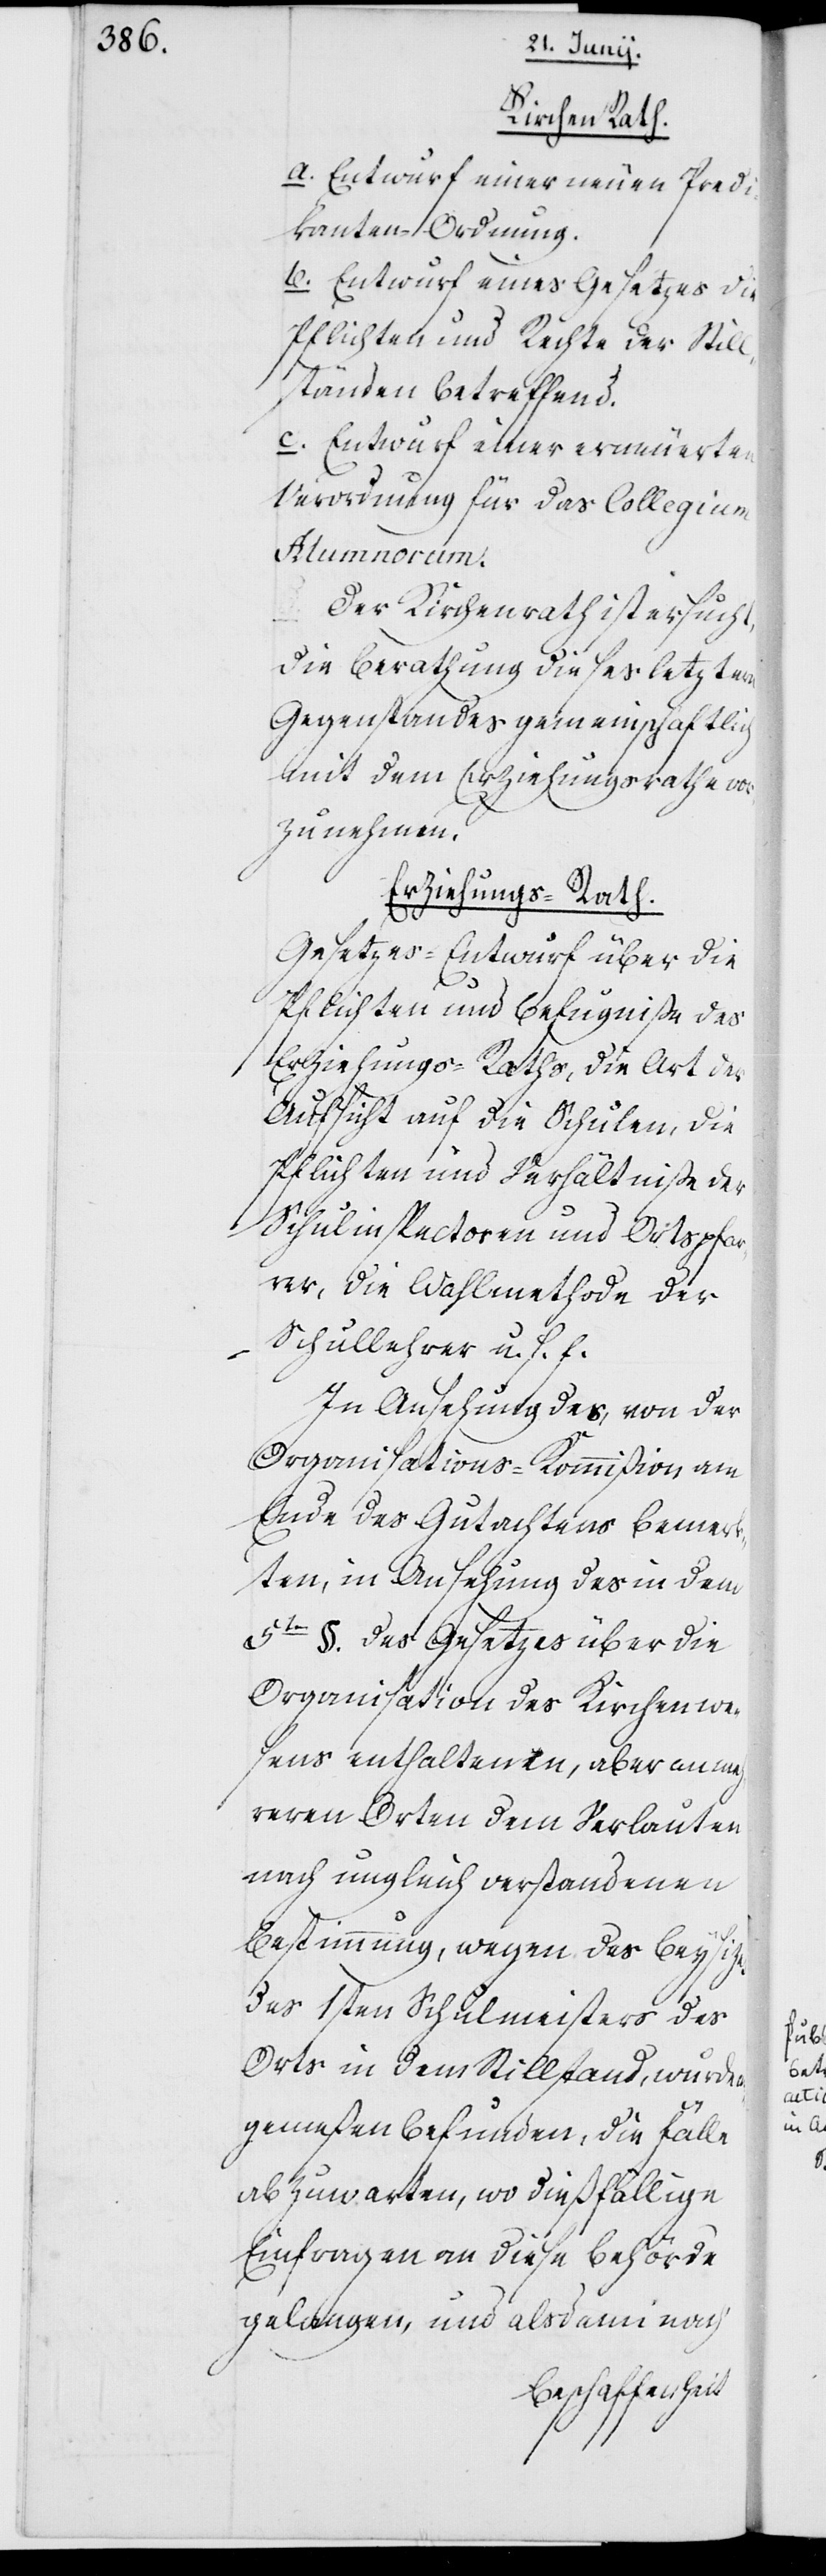
Kirchen Rath.
a. Entwurf einer neuen Predi¬
kanten-Ordnung.
b. Entwurf eines Gesetzes, die
Pflichten und Rechte der Still¬
ständen betreffend.
c. Entwurf einer erneuerten
Verordnung für das Collegium
Alumnorum.
Der Kirchenrat ist ersucht,
die Berathung dieses letztern
Gegenstandes gemeinschaftlich
mit dem Erziehungsrathe vor¬
zunehmen.
Erziehungs-Rath.
Gesetzes-Entwurf über die
Pflichten und Befugniße des
Erziehungs-Raths, die Art der
Aufsicht auf die Schulen, die
Pflichten und Verhältniße der
Schulinspectoren und Ortspfar¬
rer, die Wahlmethode der
Schullehrer u. s. f.
In Ansehung des, von der
Organisations-Kommißion am
Ende des Gutachtens bemer¬
kten, in Ansehung des in dem
5ten §. des Gesetzes über die
Organisation des Kirchenwe¬
sens enthaltenen, aber an meh¬
reren Orten dem Verlauten
nach ungleich verstandenen
Bestimmung, wegen des Beysitzes
des 1sten Schulmeisters des
Orts in dem Stillstand, wurde an¬
gemeßen befunden, die Fälle
abzuwarten, wo dießfällige
Einfragen an diese Behörde
gelangen, und alsdann nach